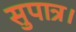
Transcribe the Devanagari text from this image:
सुपात्र।